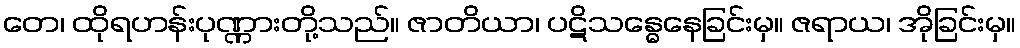
တေ၊ ထိုရဟန်းပုဏ္ဏားတို့သည်။ ဇာတိယာ၊ ပဋိသန္ဓေနေခြင်းမှ။ ဇရာယ၊ အိုခြင်းမှ။